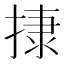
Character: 𢰬